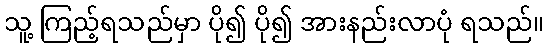
သူ့ ကြည့်ရသည်မှာ ပို၍ ပို၍ အားနည်းလာပုံ ရသည်။